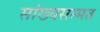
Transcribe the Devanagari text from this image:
सांख्यसम्मत